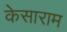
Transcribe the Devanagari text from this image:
केसाराम